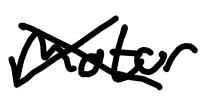
Text: motor
Cross-out: cross
Writing tool: digital_black